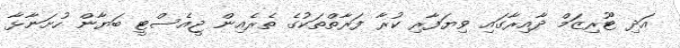
އަދި ޓޫރިޒަމް ދާއިރާގައި ވިޔަފާރި ކުރާ ފަރާތްތަކުގެ ތެރެއިން ޖީއެސްޓީ ބަޔާން ހުށަނާޅާ